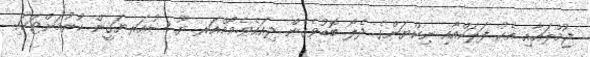
ޖުމްލައާއި އެކު ފަލަކްއާއި ނިކްޔަންގެ ދެލޯ ބޮޑުވެގެން ދިއައެވެ.މޯމްއަރ ޔޫ ޝުއަރޔަޤީން ކުރުމަށްޓަކައި